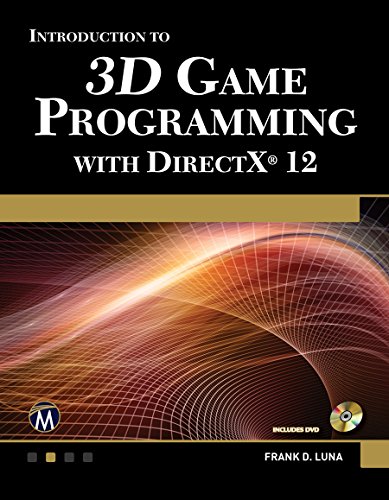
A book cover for Introduction to 3D Game Programming with DirectX 12 (Computer Science); Frank Luna; Computers & Technology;